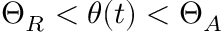
\Theta _ { R } < \theta ( t ) < \Theta _ { A }